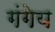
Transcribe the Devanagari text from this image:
गंगेय